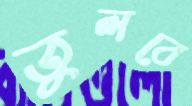
তুলবে